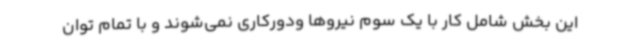
این بخش شامل کار با یک سوم نیروها ودورکاری نمی‌شوند و با تمام توان